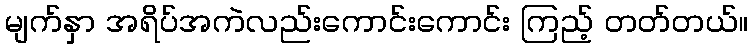
မျက်နှာ အရိပ်အကဲလည်းကောင်းကောင်း ကြည့် တတ်တယ်။